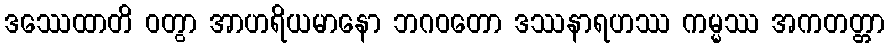
ဒဿေထာတိ ဝတွာ အာဟရိယမာနော ဘဂဝတော ဒဿနာရဟဿ ကမ္မဿ အကတတ္တာ